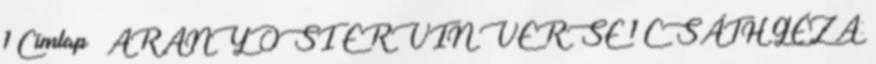
1 Címlap ARANYOSI ERVIN VERSE 1 CSÁTH GÉZA: